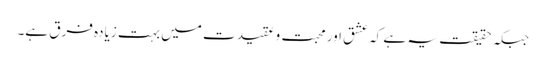
جبکہ حقیقت یہ ہے کہ عشق اور محبت وعقیدت میں بہت زیادہ فرق ہے۔